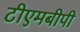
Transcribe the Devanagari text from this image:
टीएमबीपी